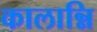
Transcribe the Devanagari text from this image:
कालान्नि